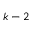
k - 2